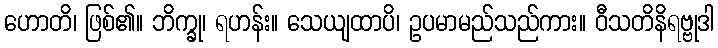
ဟောတိ၊ ဖြစ်၏။ ဘိက္ခု၊ ရဟန်း။ သေယျထာပိ၊ ဥပမာမည်သည်ကား။ ဝီသတိနိရဗ္ဗုဒါ